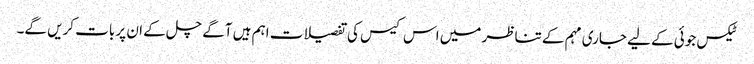
ٹیکس جوئی کے لیے جاری مہم کے تناظر میں اس کیس کی تفصیلات اہم ہیں آگے چل کے ان پر بات کریں گے۔